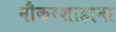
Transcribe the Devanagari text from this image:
नौकरशाहाना